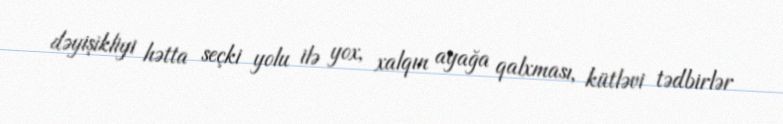
dəyişikliyi hətta seçki yolu ilə yox, xalqın ayağa qalxması, kütləvi tədbirlər